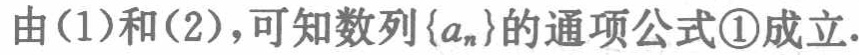
由(1)和(2)，可知数列\(\{a_{n}\}\)的通项公式\textcircled{1}成立.